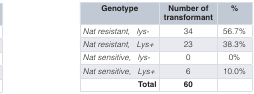
<table><thead><tr><td><b>Genotype</b></td><td><b>Number oftransformant</b></td><td><b>%</b></td></tr></thead><tbody><tr><td><i>Nat resistant,</i><i>lys-</i></td><td>34</td><td>56.7%</td></tr><tr><td><i>Nat resistant,</i><i>Lys+</i></td><td>23</td><td>38.3%</td></tr><tr><td><i>Nat sensitive,</i><i>lys-</i></td><td>0</td><td>0%</td></tr><tr><td><i>Nat sensitive,</i><i>Lys+</i></td><td>6</td><td>10.0%</td></tr><tr><td><b>Total</b></td><td><b>60</b></td><td></td></tr></tbody></table>